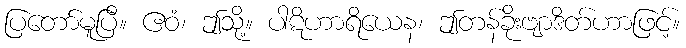
ပြတော်မူပြီ။ ဧဝံ၊ ဤသို့။ ပါဋိဟာရိယေန၊ ဤတန်ခိုးဗျာဒိတ်ဟာဖြင့်။